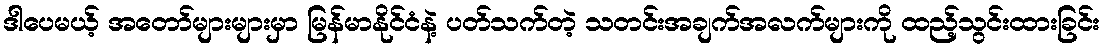
ဒါပေမယ့် အတော်များများမှာ မြန်မာနိုင်ငံနဲ့ ပတ်သက်တဲ့ သတင်းအချက်အလက်များကို ထည့်သွင်းထားခြင်း